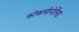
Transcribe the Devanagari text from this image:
कोकसीनेलिड